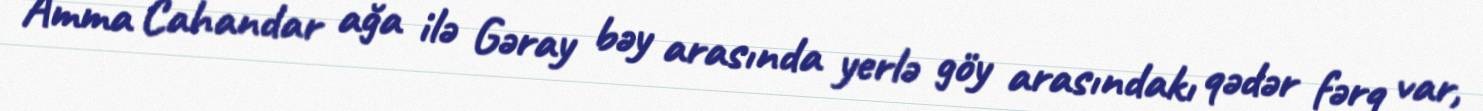
Amma Cahandar ağa ilə Gəray bəy arasında yerlə göy arasındakı qədər fərq var,